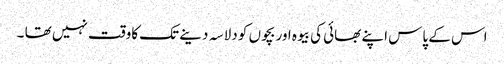
اس کے پاس اپنے بھائی کی بیوہ اور بچوں کو دلاسہ دینے تک کاوقت نہیں تھا ۔